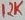
Text: 12K